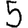
Digit: 5